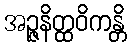
အဉ္ဇနိတ္ထဝိကန္တိ